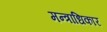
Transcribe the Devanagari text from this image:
मन्त्राधिकार